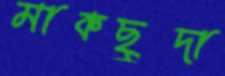
মাকছুদা